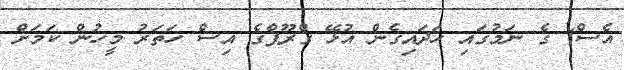
އެސް) ގެ ނަމުގައި ހަދައިގެން އުޅޭ ގްރޫޕްގެ އިސް ހަތަރު މީހުން ކަމަށް